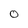
Character: o